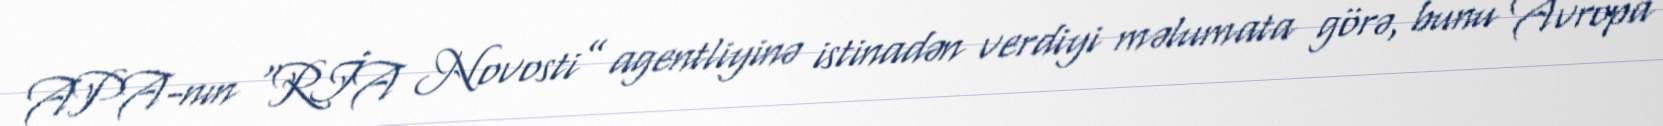
APA-nın “RİA Novosti” agentliyinə istinadən verdiyi məlumata görə, bunu Avropa